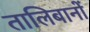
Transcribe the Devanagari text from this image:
तालिबानों